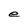
Character: e